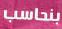
بنعاسب